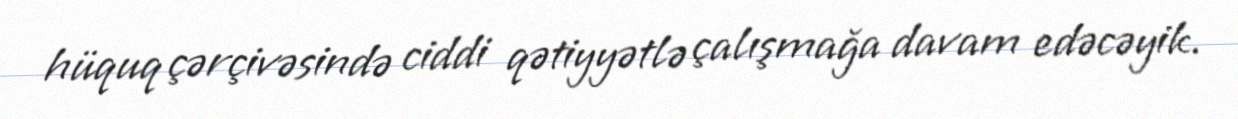
hüquq çərçivəsində ciddi qətiyyətlə çalışmağa davam edəcəyik.